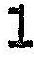
1